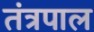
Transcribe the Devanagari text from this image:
तंत्रपाल